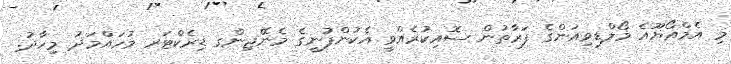
މި އެމްއޯޔޫއެ މޯލްޑިވިއަންގެ ފަރާތުން ސޮއިކުރެއްވީ އެކުންފުނީގެ މެނޭޖިންގ ޑިރެކްޓަރ މުހައްމަދު މިހާދު.